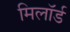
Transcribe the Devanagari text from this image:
मिलॉर्ड